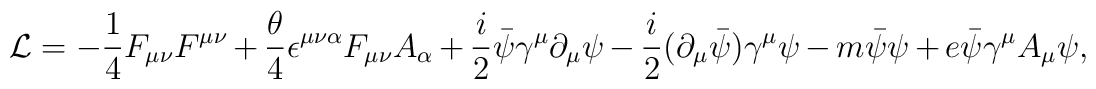
{\cal L} = -\frac{1}{4}F_{\mu\nu}F^{\mu\nu}+\frac{\theta}{4}\epsilon^{\mu\nu\alpha}F_{\mu\nu}A_{\alpha}+\frac{i}{2}\bar{\psi}\gamma^{\mu}\partial_{\mu}\psi-\frac{i}{2}(\partial_{\mu}\bar{\psi})\gamma^{\mu}\psi-m\bar{\psi}\psi+e\bar{\psi}\gamma^{\mu}A_{\mu}\psi ,